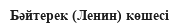
Бәйтерек (Ленин) көшесі